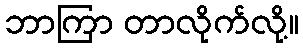
ဘာကြာ တာလိုက်လို့။